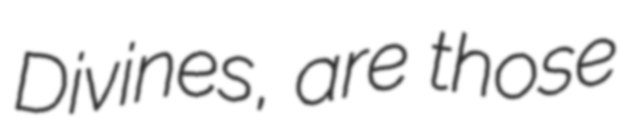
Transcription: Divines, are those